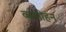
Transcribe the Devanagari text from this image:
व्यामोहन